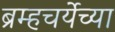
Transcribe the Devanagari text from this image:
ब्रम्हचर्येच्या